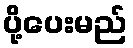
ပို့ပေးမည်